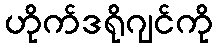
ဟိုက်ဒရိုဂျင်ကို